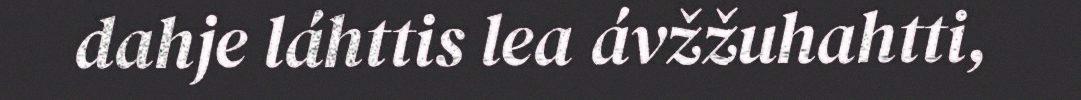
dahje láhttis lea ávžžuhahtti,